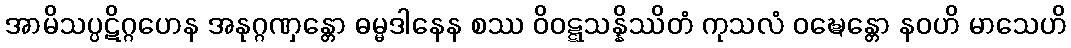
အာမိသပ္ပဋိဂ္ဂဟေန အနုဂ္ဂဏှန္တော ဓမ္မဒါနေန စဿ ဝိဝဋ္ဋသန္နိဿိတံ ကုသလံ ဝဍ္ဎေန္တော နဝဟိ မာသေဟိ